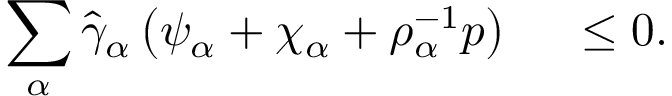
\begin{array} { r l } { \displaystyle \sum _ { \alpha } \hat { \gamma } _ { \alpha } \left( \psi _ { \alpha } + \chi _ { \alpha } + \rho _ { \alpha } ^ { - 1 } p \right) } & { { } ~ \leq 0 . } \end{array}